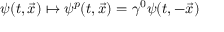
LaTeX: \psi ( t , { \vec { x } } ) \mapsto \psi ^ { p } ( t , { \vec { x } } ) = \gamma ^ { 0 } \psi ( t , - { \vec { x } } )